Leaving Certificate Examination, 1918
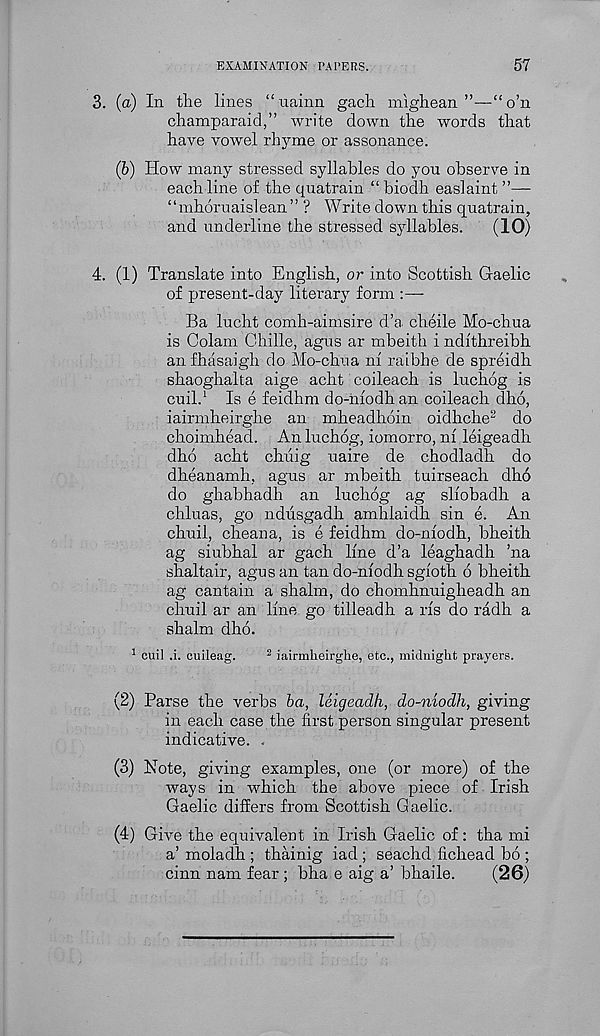
EXAMINATION PAPERS.
57
3. (a) In the lines “uainn gach mighean ”—“o’n
champaraid,” write down the words that
have vowel rhyme or assonance.
(b) How many stressed syllables do you observe in
each line of the quatrain “ biodh easlaint ”—
“mhoruaislean” ? Write down this quatrain,
and underline the stressed syllables.
(10)
4. (1) Translate into English, or into Scottish Gaelic
of present-day literary form :—-
Ba lucht comh-aimsire d’a cheile Mo-chua
is Colam Chille, agus ar mbeith i ndfthreibh
an fhasaigh do Mo-chua ni raibhe de spreidh
shaoghalta aige acht coileach is luchog is
cuil. 1 Is e feidhm do-niodhan coileach dho,
iairmheirghe an mheadhoin oidhche 2 do
choimhead. An luchog, iomorro, ni leigeadh
dho acht chuig uaire de chodladh do
dheanamh, agus ar mbeith tuirseach dho
do ghabhadh an luchog ag sliobadh a
chluas, go ndusgadh amhiaidh sin e. An
chuil, cheana, is e feidhm do-niodh, bheith
ag siubhal ar gach line d’a leaghadh ’na
shaltair, agus an tan do-niodh sgioth 6 bheith
ag cantain a shalm, do chomhnuigheadh an
chuil ar an line go tilleadh a ris do radh a
shalm dho.
1 cuil ,i. cuileag.
2 iairmheirghe, etc., midnight prayers.
(2) Parse the verbs ba, leigeadh, do-niodh, giving
in each case the first person singular present
indicative. .
(3) Note, giving examples, one (or more) of the
ways in which the above piece of Irish
Gaelic differs from Scottish Gaelic.
(4) Give the equivalent in Irish Gaelic of: tha mi
a’ moiadh ; thainig iad; seachd fichead bo ;
cinn nam fear ; bha e aig a’ bhaile.
(26)